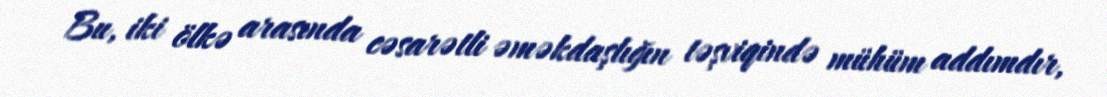
Bu, iki ölkə arasında cəsarətli əməkdaşlığın təşviqində mühüm addımdır,